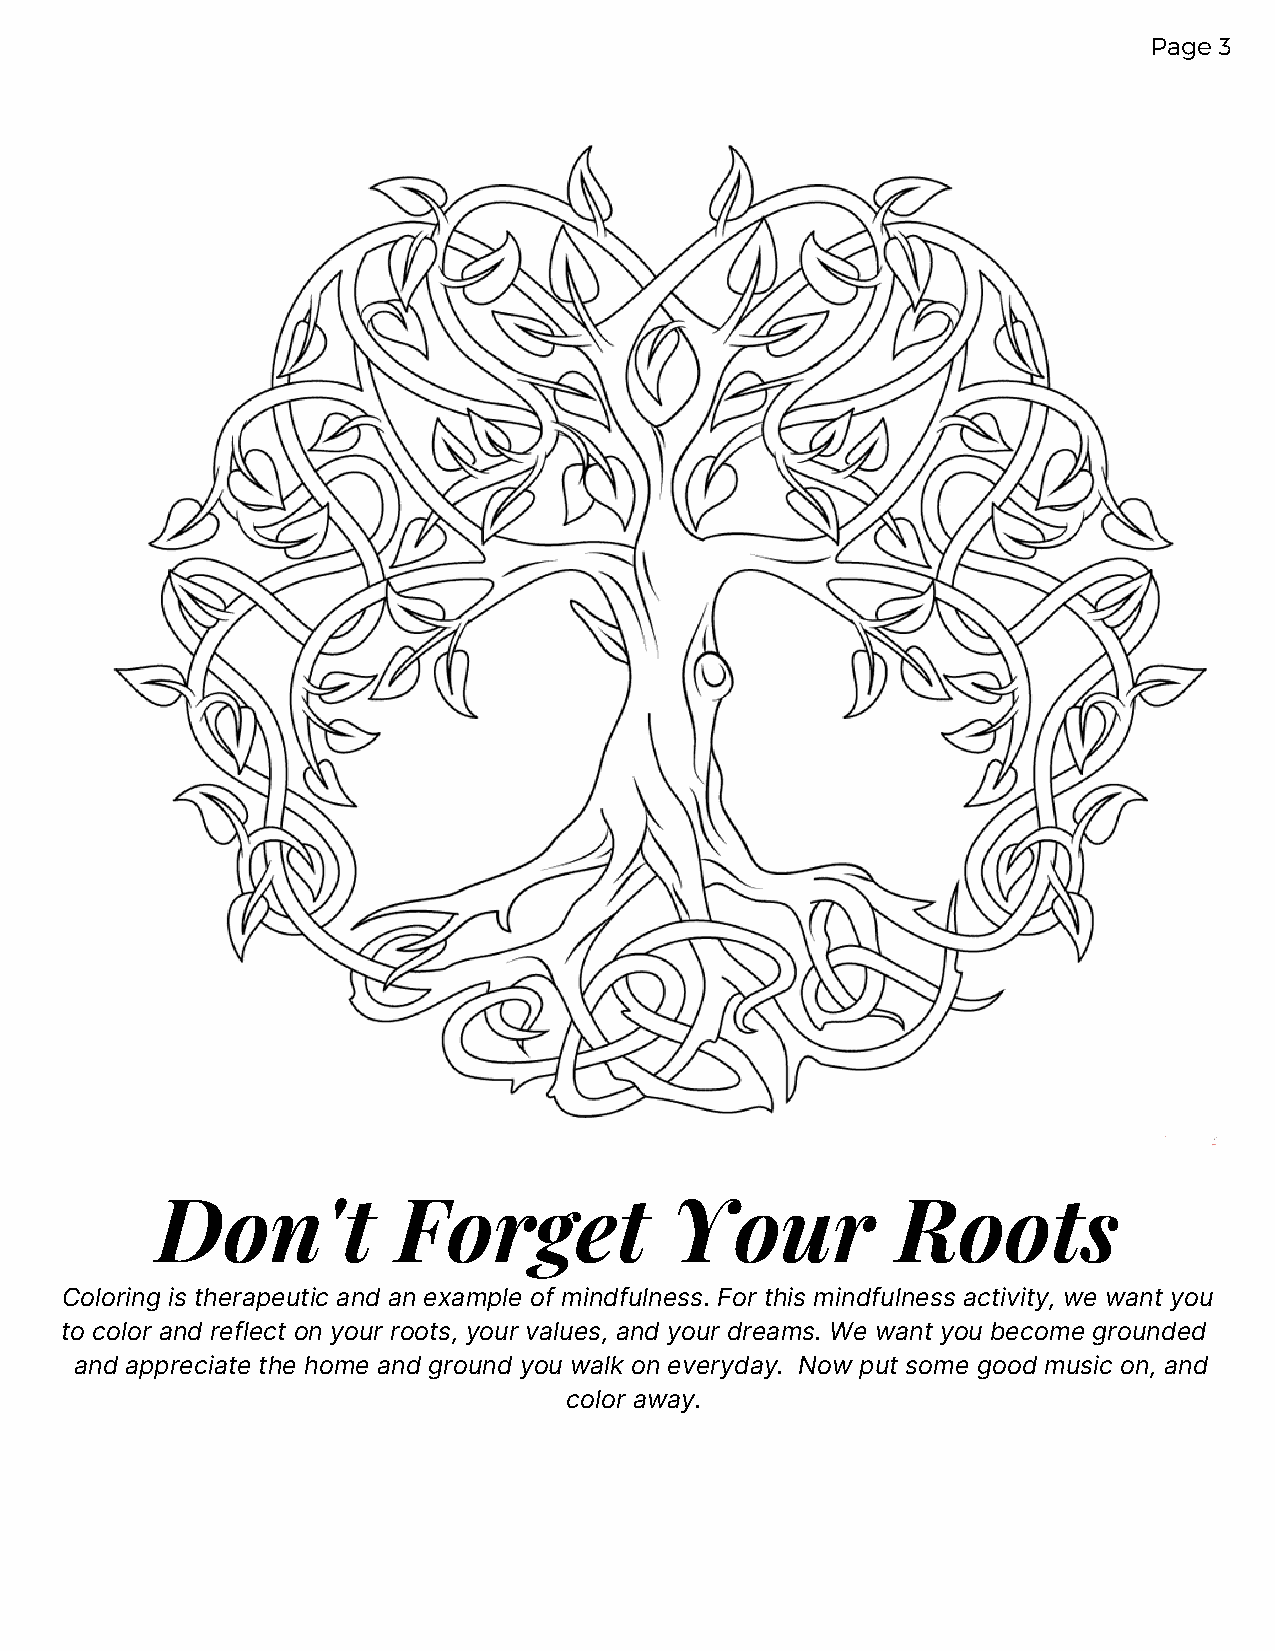
Page 3
 Don't           Forget            Your           Roots
 Coloring is therapeutic and an example of mindfulness. For this mindfulness activity, we want you
 to color and reflect on your roots, your values, and your dreams. We want you become grounded
 and appreciate the home and ground you walk on everyday. Now put some good music on, and
 color away.